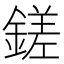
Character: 鎈